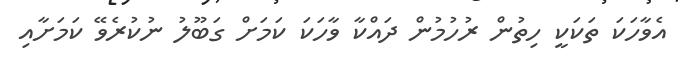
އެވާހަކަ ތަކަކީ ހިތުން ރުހުމުން ދައްކާ ވާހަކަ ކަމަށް ގަބޫލު ނުކުރެވޭ ކަމަށާއި